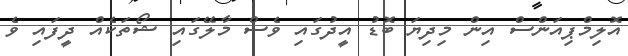
އޮލިމްޕިއަންސް އިން މިދިޔަ ބޮޑު އީދުގައި ވެސް މާލޭގައި ޝޯތަކެއް ދީފައި ވެ